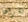
يقرأها